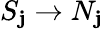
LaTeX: S_{\mathbf{j}}\rightarrow N_{\mathbf{j}}